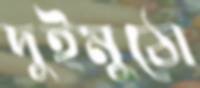
দুইমুঠো